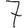
Digit: 7